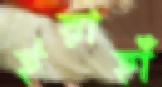
ইয়াহাঁ